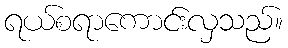
ရယ်စရာကောင်းလှသည်။